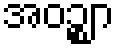
အဝဉ္ဈာ